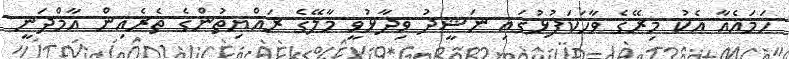
ހަމައެއާ އެކު މިރޭގެ ވާހަކަފުޅުގައި ނަޝީދު ވިދާޅުވީ މާލޭގެ ރައްޔިތުންގެ ތެރެއިން އާމްދަނީ